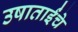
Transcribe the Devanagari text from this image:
उषाताईंचे